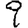
Digit: 9